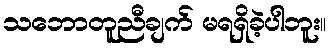
သဘောတူညီချက် မရရှိခဲ့ပါဘူး။